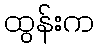
ထွန်းက